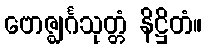
ဗောဇ္ဈင်္ဂသုတ္တံ နိဋ္ဌိတံ။